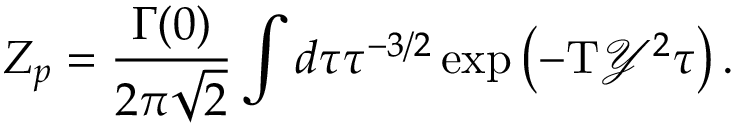
{ Z _ { p } } = { \frac { \Gamma ( 0 ) } { 2 \pi \sqrt { 2 } } } \int d \tau { \tau ^ { - 3 / 2 } } \exp \left( - \mathrm { T } { \mathcal { Y } ^ { 2 } } \tau \right) .